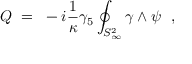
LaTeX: Q ~ = ~ - i { \frac { 1 } { \kappa } } \gamma _ { 5 } \oint _ { S _ { \infty } ^ { 2 } } \gamma \wedge \psi \ \ ,